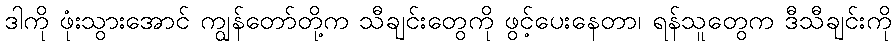
ဒါကို ဖုံးသွားအောင် ကျွန်တော်တို့က သီချင်းတွေကို ဖွင့်ပေးနေတာ၊ ရန်သူတွေက ဒီသီချင်းကို